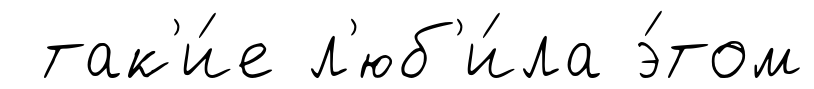
так'и́е л'юб'и́ла э́том